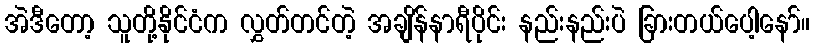
အဲဒီတော့ သူတို့နိုင်ငံက လွှတ်တင်တဲ့ အချိန်နာရီပိုင်း နည်းနည်းပဲ ခြားတယ်ပေါ့နော်။